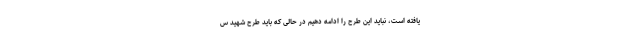
یافته است، نباید این طرح را ادامه دهیم در حالی که باید طرح شهید س